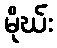
မိုဃ်း